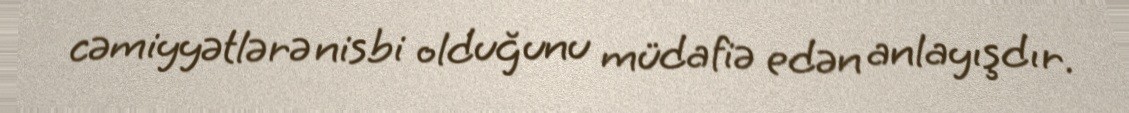
cəmiyyətlərə nisbi olduğunu müdafiə edən anlayışdır.